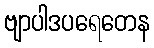
ဗျာပါဒပရေတေန